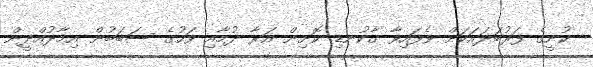
ކުނީގެ ފަރުބަދައަކަށް ވެފައިވާ ގާކުނޑި ކޮށިން އަރާ ދުމާއި ވަހުގެ ސަބަބުން އިމާދުއްދީން